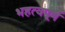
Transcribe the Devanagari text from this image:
भहत्वपूर्ण